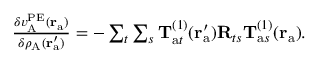
\begin{array} { r } { \frac { \delta v _ { \mathrm { A } } ^ { \mathrm { P E } } ( \mathbf { r } _ { \mathrm { a } } ) } { \delta \rho _ { \mathrm { A } } ( \mathbf { r } _ { \mathrm { a } } ^ { \prime } ) } = - \sum _ { t } \sum _ { s } \mathbf { T } _ { \mathrm { a } t } ^ { ( 1 ) } ( \mathbf { r } _ { \mathrm { a } } ^ { \prime } ) \mathbf { R } _ { t s } \mathbf { T } _ { \mathrm { a } s } ^ { ( 1 ) } ( \mathbf { r } _ { \mathrm { a } } ) . } \end{array}